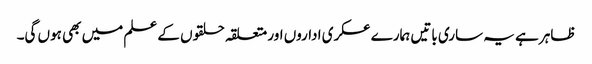
ظاہر ہے یہ ساری باتیں ہمارے عسکری اداروں اور متعلقہ حلقوں کے علم میں بھی ہوں گی۔